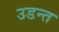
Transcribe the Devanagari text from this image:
उडन्त